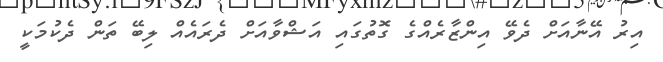
އިރު އޭނާއަށް ދެވޭ އިންޒާރެއްގެ ގޮތުގައި އަޝްވާއަށް ދެރައެއް ލިބޭ ތަން ދެކުމަކީ